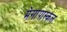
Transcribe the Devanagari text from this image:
मेगापास्कल